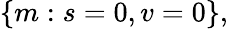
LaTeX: \{ m:s=0,v=0\} ,